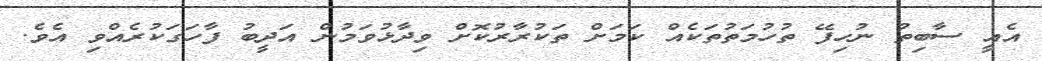
އެއީ ސާބިތު ނުހިފޭ ތުހުމަތުތަކެއް ކަމަށް ތަކުރާރުކޮށް ވިދާޅުވަމުން އަދީބު ފާހަގަކުރެއްވި އެވެ.